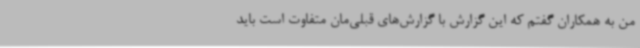
من به همکاران گفتم که این گزارش با گزارش‌های قبلی‌مان متفاوت است باید